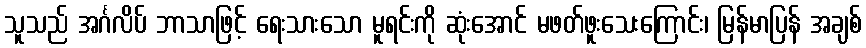
သူသည် အင်္ဂလိပ် ဘာသာဖြင့် ရေးသားသော မူရင်းကို ဆုံးအောင် မဖတ်ဖူးသေးကြောင်း၊ မြန်မာပြန် အချစ်